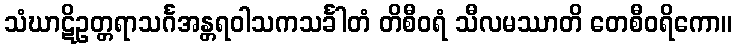
သံဃာဋိဥတ္တရာသင်္ဂအန္တရဝါသကသင်္ခါတံ တိစီဝရံ သီလမဿာတိ တေစီဝရိကော။